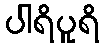
ပါရိပူရိ